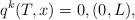
LaTeX: \begin{align*}q^{k}( T,x) =0, (0,L), \end{align*}